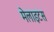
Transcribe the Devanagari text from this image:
मेलाइटस